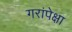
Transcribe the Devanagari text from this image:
गरांपेक्षा